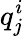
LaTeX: q_{j}^{i}